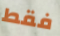
فقط